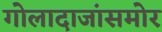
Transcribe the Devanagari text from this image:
गोलादाजांसमोर